Vaccination in Burma 1900-1911 - 1900-1911
Year: 1900
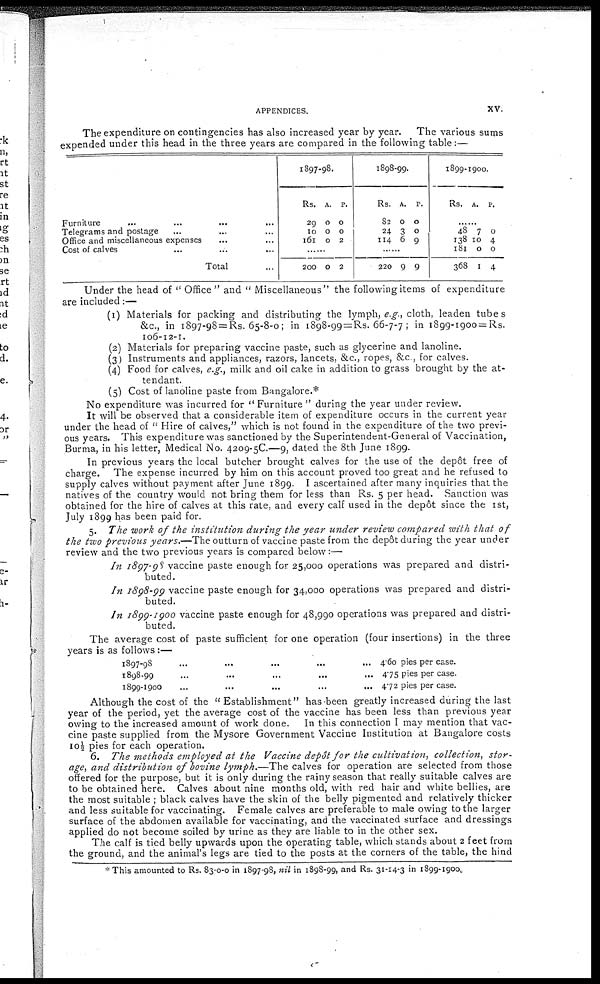
APPENDICES.
xv
The expenditure on contingencies has also increased year by year.
The various sums
expended under this head in the three years are compared in the following table:—
Furniture ... ...
Telegrams and postage... ...
Office and miscellaneous expenses...
Cost of calves... ...
Total...
1897-98.
Rs.
29
10
161
A.
0
0
0
P.
0
0
2
......
200
0
2
1898-99.
Rs.
82
24
114
A.
0
3
6
P.
0
0
9
......
220
9 9
1899-1900.
Rs.
48
138
181
368
A.
7
10
0
1
P.
0
4
0
4
Under the head of " Office" and " Miscellaneous" the following items of expenditure
are included:—
(I)
(2)
(3)
(4)
(5)
Materials for packing and distributing the lymph, e.g., cloth, leaden tubes
&c.j in 1897-98 = Rs. 65-8-0; in 1898-99=Rs. 66-7-7; in 1899-1900 = Rs.
106-12-1.
Materials for preparing vaccine paste, such as glycerine and lanoline.
Instruments and appliances, razors, lancets, &c, ropes, &c, for calves.
Food for calves, e.g., milk and oil cake in addition to grass brought by the at-
tendant.
Cost of lanoline paste from Bangalore.*
No expenditure was incurred for " Furniture " during the year under review.
It will be observed that a considerable item of expenditure occurs in the current year
under the head of " Hire of calves," which is not found in the expenditure of the two previ-
ous years. This expenditure was sanctioned by the Superintendent-General of Vaccination,
Burma, in his letter, Medical No. 4209-5C.—9, dated the 8th June 1899.
In previous years the local butcher brought calves for the use of the dep6t free of
charge. The expense incurred by him on this account proved too great and he refused to
supply calves without payment after June 1899. I ascertained after many inquiries that the
natives of the country would not bring them for less than Rs. 5 per head. Sanction was
obtained for the hire of calves at this rate, and every calf used in the depot since the 1st,
July 1899 has been paid for.
5. The work of the institution during the year under review compared with that of
the two previous years.—The outturn of vaccine paste from the depôt during the year under
review and the two previous years is compared below:—
In 1897-98 vaccine paste enough for 25,000 operations was prepared and distri-
buted.
hi 1898-99 vaccine paste enough for 34,000 operations was prepared and distri-
buted.
In 1899-1900 vaccine paste enough for 48,990 operations was prepared and distri-
buted.
The average cost of paste sufficient for one operation (four insertions) in the three
years is as follows :—
1897-98... ... ...
1898-99... ... ...
1899-1900... ... ...
4.60 pies per case.
475 pies per case.
4.72 pies per case.
Although the cost of the " Establishment" has-been greatly increased during the last
year of the period, yet the average cost of the vaccine has been less than previous year
owing to the increased amount of work done.
In this connection I may mention that vac-
cine paste supplied from the Mysore Government Vaccine Institution at Bangalore costs
10 1/2 pies for each operation.
6. The methods employed at the Vaccine depôt for the cultivation, collection, stor-
age, and distribution of bovine lymph.—The calves for operation are selected from those
offered for the purpose, but it is only during the rainy season that really suitable calves are
to be obtained here. Calves about nine months old, with red hair and white bellies, are
the most suitable ; black calves have the skin of the belly pigmented and relatively thicker
and less suitable for vaccinating. Female calves are preferable to male owing to the larger
surface of the abdomen available for vaccinating, and the vaccinated surface and dressings
applied do not become soiled by urine as they are liable to in the other sex.
The calf is tied belly upwards upon the operating table, which stands about 2 feet from
the ground, and the animal's legs are tied to the posts at the corners of the table, the hind
*This amounted to Rs. 83-0-0 in 1897-98, nil in 1898-99, and Rs. 31-14-3 in 1899-1900.